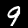
Digit: 9